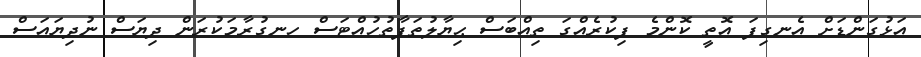
އަޅުގަންޑަށް އެނގިފަ އޮތީ ކޮންމެ ފިކުރެއްގަ ތިއްބަސް ޙިޔާލުތަފާތުހުއްޓަސް ހނގުރާމަކުރަން ދިޔަސް ނުދިޔައަސް